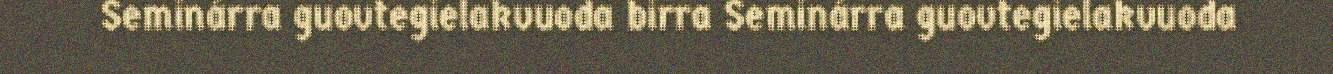
Seminárra guovtegielakvuoda birra Seminárra guovtegielakvuoda